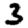
Digit: 3